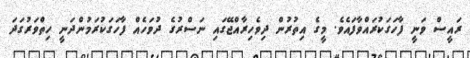
ރައީސް ވަނީ ފާހަގަކުރައްވާފައެވެ. މީގެ އިތުރުން ދިވެހިރާއްޖޭގައި ނަސްރުގެ ދުވަހެއް ފާހަގަކުރަމުންދަނީ ހިތްވަރުގަދަ